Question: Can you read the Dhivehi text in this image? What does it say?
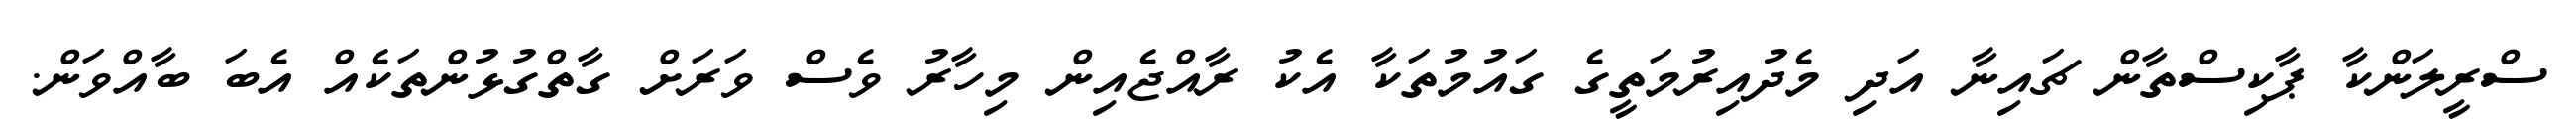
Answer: ސްރީލަންކާ ޕާކިސްތާން ޗައިނާ އަދި މެދުއިރުމަތީގެ ގައުމުތަކާ އެކު ރާއްޖެއިން މިހާރު ވެސް ވަރަށް ގާތްގުޅުންތަކެއް އެބަ ބާއްވަން.